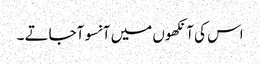
اس کی آنکھوں میں آنسو آجاتے ۔